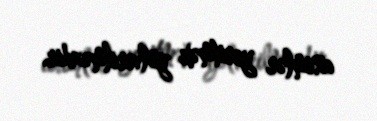
cisimlər yeritmək yolverilməzdir.